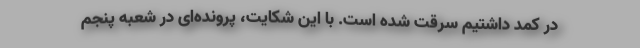
در کمد داشتیم سرقت شده است. با این شکایت، پرونده‌ای در شعبه پنجم